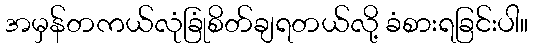
အမှန်တကယ်လုံခြုံစိတ်ချရတယ်လို့ ခံစားရခြင်းပါ။